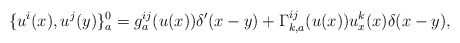
\begin{align*}\{ u^i(x) , u^j(y) \}^0_a = g^{ij}_a (u(x)) \delta'(x-y) + \Gamma_{k,a}^{ij} (u(x)) u_x^k(x) \delta(x-y), \end{align*}